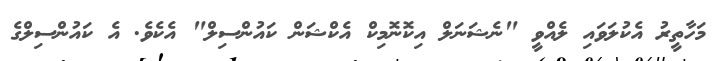
މަހާތީރު އެކުލަވައި ލެއްވީ "ނެޝަނަލް އިކޮނޮމިކް އެކްޝަން ކައުންސިލް" އެކެވެ. އެ ކައުންސިލްގެ